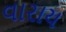
વારાય